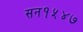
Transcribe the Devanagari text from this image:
सन१५४७